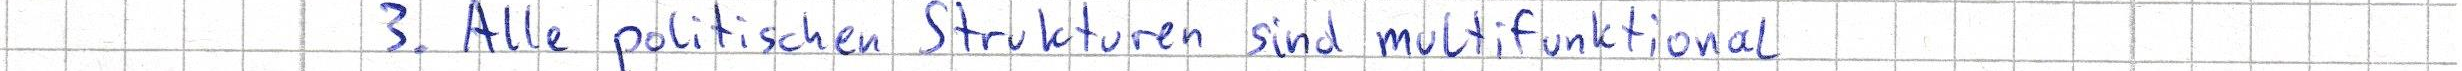
3. Alle politischen Strukturen sind multifunktional